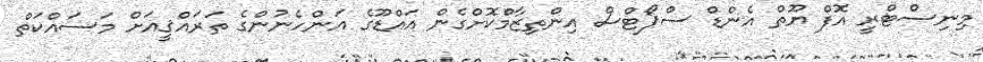
މިނިސްޓްރީ އޮފް ޔޫތް އެންޑް ސްޕޯޓްސް އިންތިޒާމްކޮށްގެން އައްޑޫގެ އަންހެނުންގެ ތަރައްޤީއަށް މަސައްކަތް